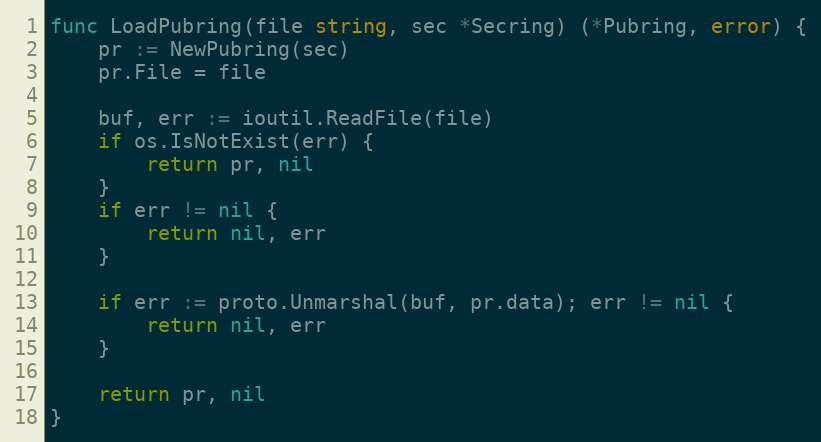
Language: Go
func LoadPubring(file string, sec *Secring) (*Pubring, error) {
	pr := NewPubring(sec)
	pr.File = file

	buf, err := ioutil.ReadFile(file)
	if os.IsNotExist(err) {
		return pr, nil
	}
	if err != nil {
		return nil, err
	}

	if err := proto.Unmarshal(buf, pr.data); err != nil {
		return nil, err
	}

	return pr, nil
}